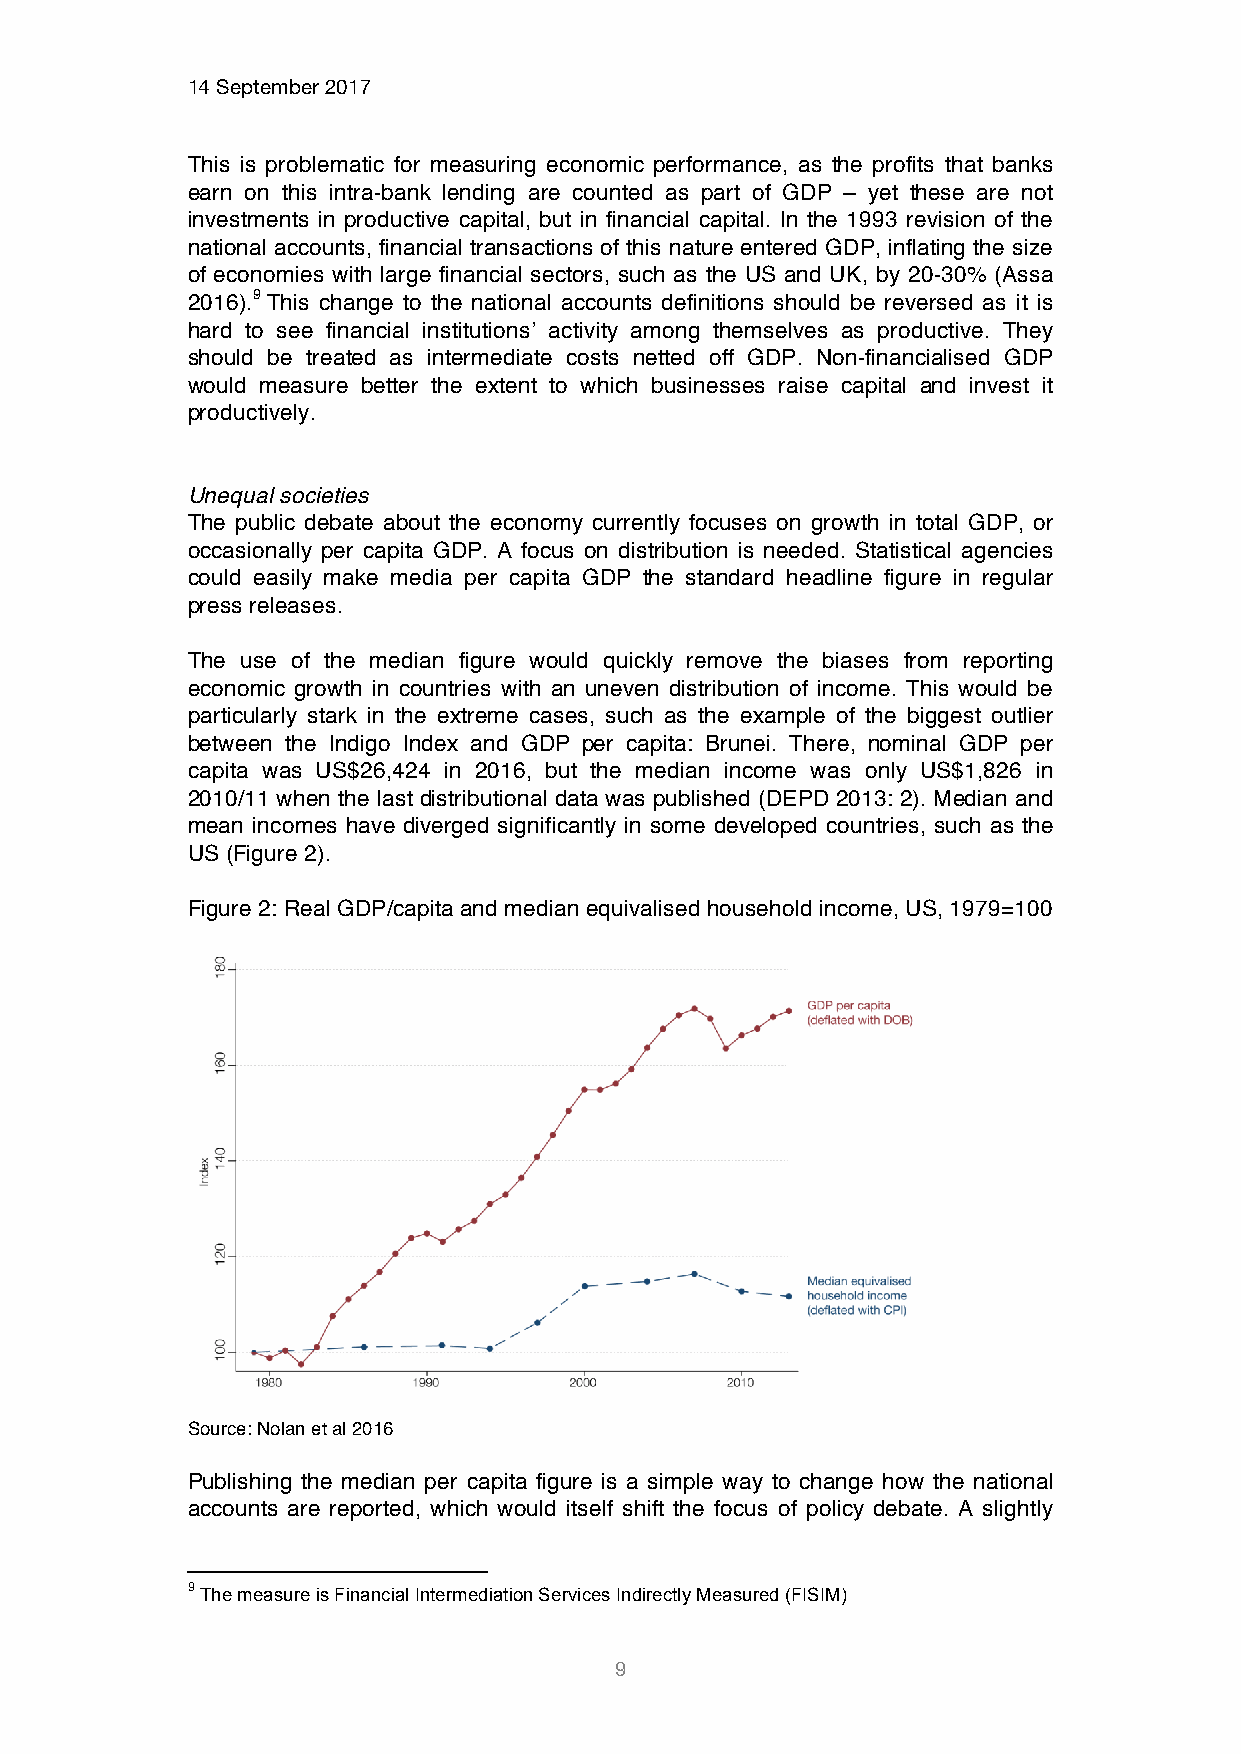
14 September 2017
 This is problematic for measuring economic performance, as the profits that banks
 earn on this intra-bank lending are counted as part of GDP – yet these are not
 investments in productive capital, but in financial capital. In the 1993 revision of the
 national accounts, financial transactions of this nature entered GDP, inflating the size
 of economies with large financial sectors, such as the US and UK, by 20-30% (Assa
 2016).9 This change to the national accounts definitions should be reversed as it is
 hard to see financial institutions’ activity among themselves as productive. They
 should be treated as intermediate costs netted off GDP. Non-financialised GDP
 would measure better the extent to which businesses raise capital and invest it
 productively.
 Unequal societies
 The public debate about the economy currently focuses on growth in total GDP, or
 occasionally per capita GDP. A focus on distribution is needed. Statistical agencies
 could easily make media per capita GDP the standard headline figure in regular
 press releases.
 The use of the median figure would quickly remove the biases from reporting
 economic growth in countries with an uneven distribution of income. This would be
 particularly stark in the extreme cases, such as the example of the biggest outlier
 between the Indigo Index and GDP per capita: Brunei. There, nominal GDP per
 capita was US$26,424 in 2016, but the median income was only US$1,826 in
 2010/11 when the last distributional data was published (DEPD 2013: 2). Median and
 mean incomes have diverged significantly in some developed countries, such as the
 US (Figure 2).
 Figure 2: Real GDP/capita and median equivalised household income, US, 1979=100
 Source: Nolan et al 2016
 Publishing the median per capita figure is a simple way to change how the national
 accounts are reported, which would itself shift the focus of policy debate. A slightly
 9 The measure is Financial Intermediation Services Indirectly Measured (FISIM)
 9